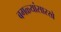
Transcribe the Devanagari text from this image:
बगळ्यांसारखे